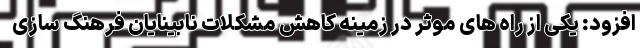
افزود: یکی از راه های موثر در زمینه کاهش مشکلات نابینایان فرهنگ سازی